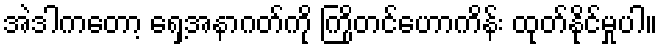
အဲဒါကတော့ ရှေ့အနာဂတ်ကို ကြိုတင်ဟောကိန်း ထုတ်နိုင်မှုပါ။